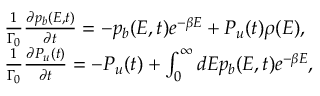
\begin{array} { r l } & { \frac { 1 } { \Gamma _ { 0 } } \frac { \partial p _ { b } ( E , t ) } { \partial t } = - p _ { b } ( E , t ) e ^ { - \beta E } + P _ { u } ( t ) \rho ( E ) , } \\ & { \frac { 1 } { \Gamma _ { 0 } } \frac { \partial P _ { u } ( t ) } { \partial t } = - P _ { u } ( t ) + \int _ { 0 } ^ { \infty } d E p _ { b } ( E , t ) e ^ { - \beta E } , } \end{array}